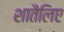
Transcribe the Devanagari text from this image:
शातैलिए